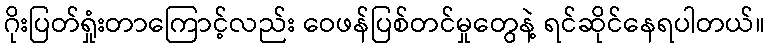
ဂိုးပြတ်ရှုံးတာကြောင့်လည်း ဝေဖန်ပြစ်တင်မှုတွေနဲ့ ရင်ဆိုင်နေရပါတယ်။